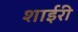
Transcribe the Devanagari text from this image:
शाईरी